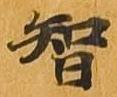
智